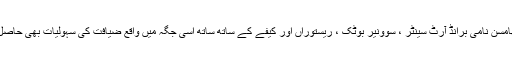
آج ، جِم تھامسن نامی برانڈ آرٹ سینٹر ، سوونیر بوٹک ، ریستوراں اور کیفے کے ساتھ ساتھ اسی جگہ میں واقع ضیافت کی سہولیات بھی حاصل کرتا ہے۔